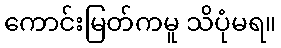
ကောင်းမြတ်ကမူ သိပုံမရ။